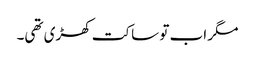
مگر اب تو ساکت کھڑی تھی۔